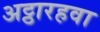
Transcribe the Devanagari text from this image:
अट्ठारहवा